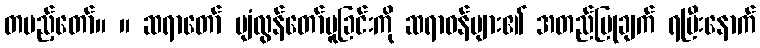
တပည့်တော်။ ။ ဆရာတော် ပျံလွန်တော်မူခြင်းကို ဆရာဝန်များ၏ အတည်ပြုချက် ရပြီးနောက်